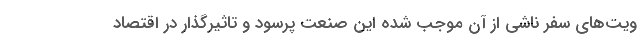
ویت‌های سفر ناشی از آن موجب شده این صنعت پرسود و تاثیرگذار در اقتصاد